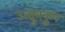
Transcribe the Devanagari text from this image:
उत्स्रुतकूप